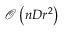
\mathcal { O } \left( n D r ^ { 2 } \right)